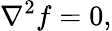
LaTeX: \nabla^{2}f=0,